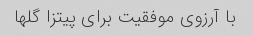
با آرزوی موفقیت برای پیتزا گلها